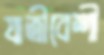
যাত্রীবেশী